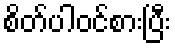
စိတ်ပါဝင်စားပြီး